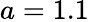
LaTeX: a=1.1